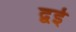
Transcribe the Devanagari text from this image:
द्वई